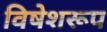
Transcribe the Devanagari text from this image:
विषेशरूप